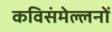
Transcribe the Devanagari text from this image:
कविसंमेल्लनों